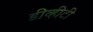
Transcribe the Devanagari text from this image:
डीव्हीटी